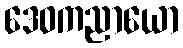
ဒေဝကညာယော